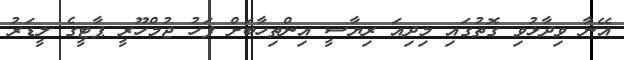
އޭނާ ވިދާޅުވި ގޮތުގައި މިދިއަ ރިޔާސީ އިންތިހާބަށް ފަހު ޖުމްހޫރީ ޕާޓީގެ ލީޑަރު